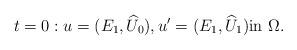
LaTeX: \begin{align*}t=0:u =(E_1 , \widehat U_0), u'=(E_1 ,\widehat U_1)\hbox{in } \Omega.\end{align*}